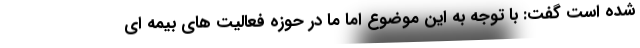
شده است گفت: با توجه به این موضوع اما ما در حوزه فعالیت های بیمه ای